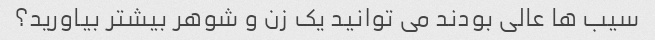
سیب ها عالی بودند می توانید یک زن و شوهر بیشتر بیاورید؟